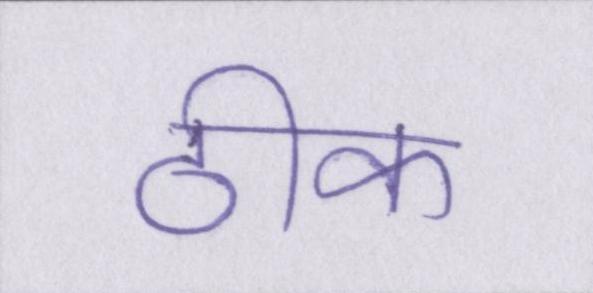
ठीक